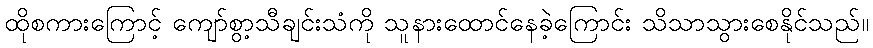
ထိုစကားကြောင့် ကျော်စွာ့သီချင်းသံကို သူနားထောင်နေခဲ့ကြောင်း သိသာသွားစေနိုင်သည်။